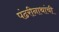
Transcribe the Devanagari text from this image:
पंढरीनाथांची